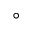
^ \circ